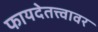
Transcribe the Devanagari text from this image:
फायदेतत्त्वावर